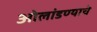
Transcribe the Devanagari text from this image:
ओलांडण्याचे